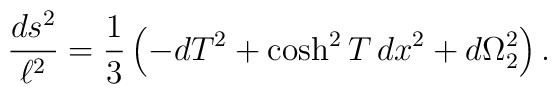
{ds^2\over\ell^2} = \frac{1}{3} \left(-dT^2 + \cosh^2 T\, dx^2 + d\Omega_2^2 \right).